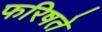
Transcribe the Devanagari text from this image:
फरिषते